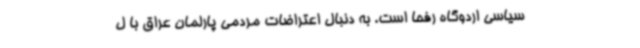
سیاسی اردوگاه رفحا است. به دنبال اعتراضات مردمی پارلمان عراق با ل